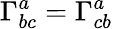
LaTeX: \Gamma_{bc}^{a}=\Gamma_{cb}^{a}